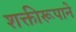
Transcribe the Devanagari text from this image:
शक्तीरूपाने